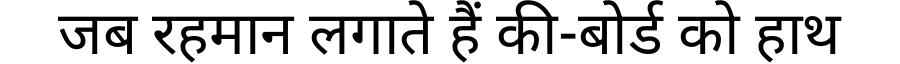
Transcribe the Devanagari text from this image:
जब रहमान लगाते हैं की-बोर्ड को हाथ